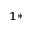
^ { 1 \ast }